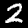
Digit: 2